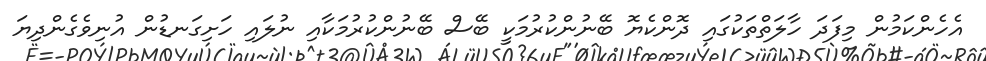
އެހެންކަމުން މިފަދަ ހާލަތްތަކުގައި ދޮންކެޔޮ ބޭނުންކުރުމަކީ ބޭސް ބޭނުންކުރުމަކާއި ނުލައި ހަށިގަނޑުން އުނިވެގެންދިޔަ